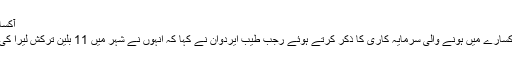
آکسارے میں سرمایہ کاری
اپنی انتظامی دور میں آکسارے میں ہونے والی سرمایہ کاری کا ذکر کرتے ہوئے رجب طیب ایردوان نے کہا کہ انہوں نے شہر میں 11 بلین ترکش لیرا کی سرمایہ کاری کی ہے۔